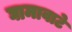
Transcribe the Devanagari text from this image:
घामावाटे